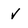
Character: v